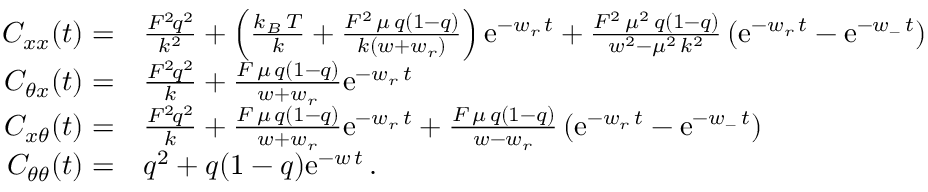
\begin{array} { r l } { C _ { x x } ( t ) = } & { \frac { { \cal F } ^ { 2 } \! q ^ { 2 } } { k ^ { 2 } } + \left( \frac { k _ { B } \, T } { k } + \frac { { \cal F } ^ { 2 } \, \mu \, q ( 1 - q ) } { k ( w + w _ { r } ) } \right) \mathrm { e } ^ { - w _ { r } \, t } + \frac { { \cal F } ^ { 2 } \, \mu ^ { 2 } \, q ( 1 - q ) } { w ^ { 2 } - \mu ^ { 2 } \, k ^ { 2 } } \left( \mathrm { e } ^ { - w _ { r } \, t } - \mathrm { e } ^ { - w _ { - } \, t } \right) } \\ { C _ { \theta x } ( t ) = } & { \frac { { \cal F } ^ { 2 } \! q ^ { 2 } } { k } + \frac { { \cal F } \, \mu \, q ( 1 - q ) } { w + w _ { r } } \mathrm { e } ^ { - w _ { r } \, t } } \\ { C _ { x \theta } ( t ) = } & { \frac { { \cal F } ^ { 2 } \! q ^ { 2 } } { k } + \frac { { \cal F } \, \mu \, q ( 1 - q ) } { w + w _ { r } } \mathrm { e } ^ { - w _ { r } \, t } + \frac { { \cal F } \, \mu \, q ( 1 - q ) } { w - w _ { r } } \left( \mathrm { e } ^ { - w _ { r } \, t } - \mathrm { e } ^ { - w _ { - } \, t } \right) } \\ { C _ { \theta \theta } ( t ) = } & { q ^ { 2 } + q ( 1 - q ) \mathrm { e } ^ { - w \, t } \, . } \end{array}